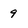
Character: 9